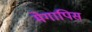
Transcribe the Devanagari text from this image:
मेगापिस